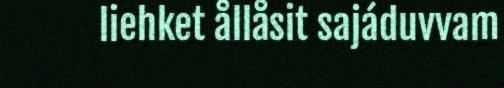
liehket ållåsit sajáduvvam